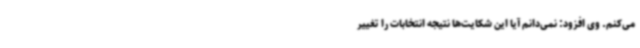
می‌کنم. وی افزود: نمی‌دانم آیا این شکایت‌ها نتیجه انتخابات را تغییر